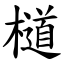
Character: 檤